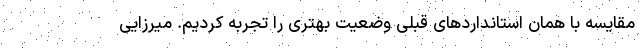
مقایسه با همان استاندارد‌های قبلی وضعیت بهتری را تجربه کردیم. میرزایی